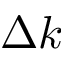
\Delta k